Report on plague and inoculation in the Punjab from October 1st ... to September 30th..., being the ... season of plague in the province
Disease focus: Plague
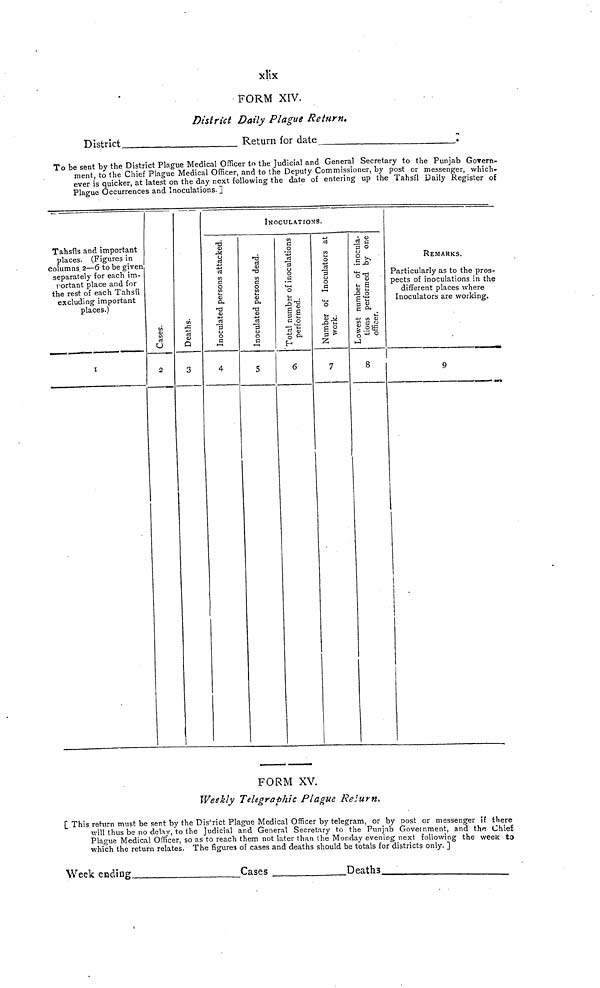
xlix
FORM XIV.
District Daily Plague Return,
District
Return for date
•
To be sent by the District Plague Medical Officer to the Judicial and General Secretary to the Punjab Govern-
ment, to the Chief Plague Medical Officer, and to the Deputy Commissioner, by post or messenger, which-
ever is quicker, at latest on the day next following the date of entering up the Tahsil Daily Register of
Plague Occurrences and Inoculations.]
INOCULATIONS.
Tahsils and important
places. (Figures in
columns 2—6 to be given
separately for each im-
portant place and for
the rest of each Tahsil
excluding important
places.)
1
Cases
2
Deaths.
3
Inoculated persons attaked
4
Inoculated persons dead.
5
Total number of inoculations performed
6
Number of inoculators at work
7
lowest number of inoculations performed by one officer.
8
REMARKS.
Particularly as to the pros-
pects of inoculations in the
different places where
Inoculators are working.
9
,
FORM XV.
Weekly Telegraphic Plague Return.
[ This return must be sent by the District Plague Medical Officer by telegram, or by post or messenger if there
will thus be no delay, to the Judicial and General Secretary to the Punjab Government, and the Chief
Plague Medical Officer, so as to reach them not later than the Monday evening next following the week to
which the return relates. The figures of cases and deaths should be totals for districts only.]
Week ending___
Cases
Deaths